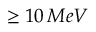
\geq { } 1 0 \, M e V